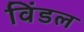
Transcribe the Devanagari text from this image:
विंडल